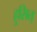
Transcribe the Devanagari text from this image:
हुसित्